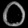
Digit: ၀